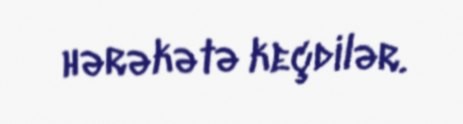
hərəkətə keçdilər.